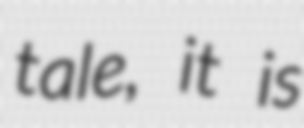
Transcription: tale, it is